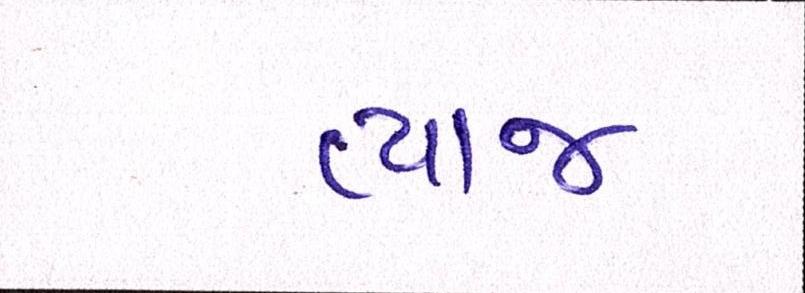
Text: વ્યાજ